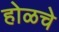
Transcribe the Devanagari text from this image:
होळचे